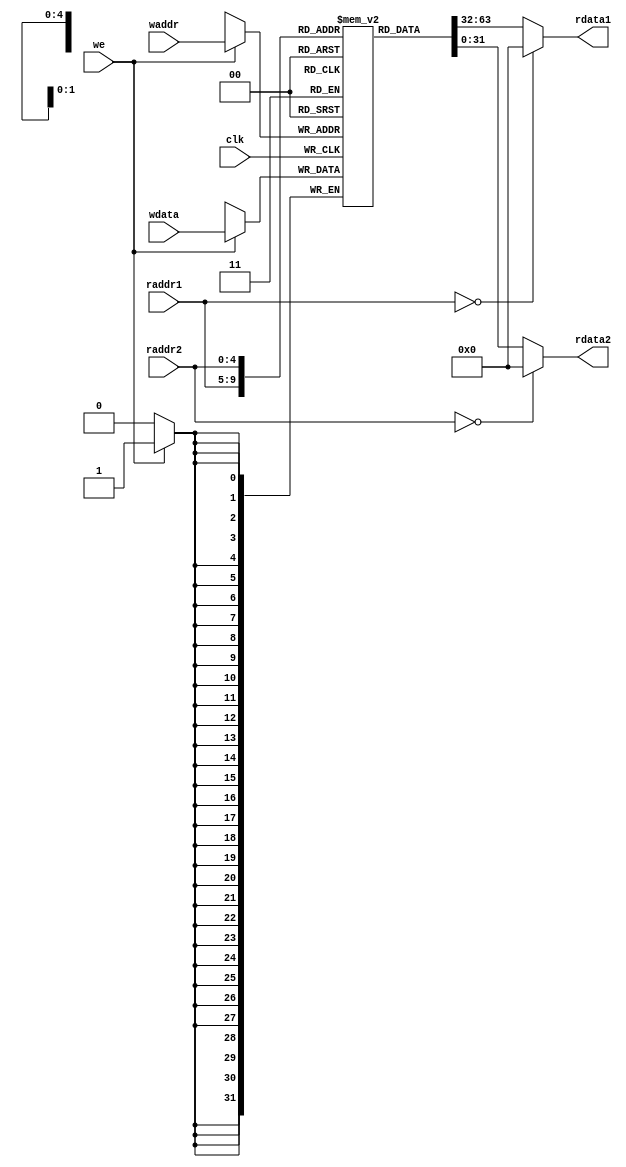
`timescale 1ns / 1ps
//////////////////////////////////////////////////////////////////////////////////
// Company: 
// Engineer: 
// 
// Design Name: 
// Module Name: regfile
// Project Name: 
// Target Devices: 
// Tool Versions: 
// Description: 
// 
// Dependencies: 
// 
// Revision:
// Revision 0.01 - File Created
// Additional Comments:
// 
//////////////////////////////////////////////////////////////////////////////////


module regfile(
    input  wire         clk     ,
    input  wire         we      ,   // write enable, 
    input  wire [4 : 0] raddr1  ,   // read addr 1, 1
    input  wire [4 : 0] raddr2  ,   // read addr 2, 2
    input  wire [4 : 0] waddr   ,   // write addr, 
    input  wire [31: 0] wdata   ,   // write data, 
    output wire [31: 0] rdata1  ,   // read data 1, 1
    output wire [31: 0] rdata2      // read data 2, 2
    );
    
    reg [31:0] reg_array [31:0];

    integer i;
    initial begin
        for(i=0;i<32;i=i+1) reg_array[i] = 0;   // regX ()
    end

    always @(posedge clk) begin
        if (we) reg_array[waddr] <= wdata;
    end

    assign rdata1 = (raddr1 == 5'b0)? 32'b0 : reg_array[raddr1];   
    assign rdata2 = (raddr2 == 5'b0)? 32'b0 : reg_array[raddr2];   
    
endmodule